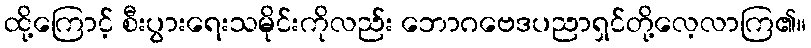
ထို့ကြောင့် စီးပွားရေးသမိုင်းကိုလည်း ဘောဂဗေဒပညာရှင်တို့လေ့လာကြ၏။